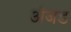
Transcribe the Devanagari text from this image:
अंजड